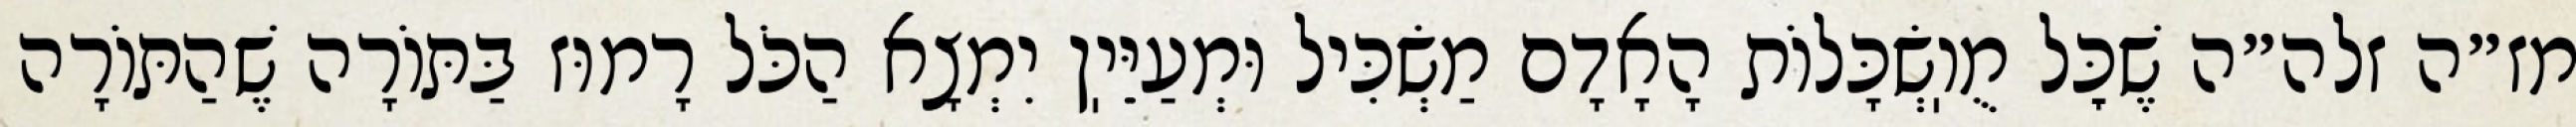
מז״ה זלה״ה שֶׁכׇּל מֻוֽשְׂכָּלוֹת הָאָדָם מַשְׂכִּיל וּמְעַיֵּיֽן יִמְצָא הַכֹּל רָמוּז בַּתּוֹרָה שֶׁהַתּוֹרָה